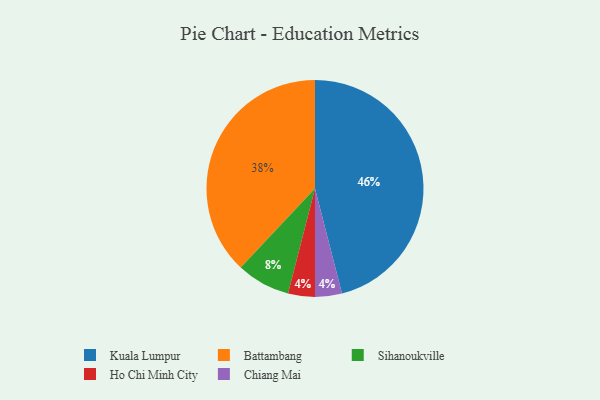
{"axis": {"x": "Category", "y": "Percentage"}, "legend": ["Battambang", "Chiang Mai", "Ho Chi Minh City", "Kuala Lumpur", "Sihanoukville"], "data": [{"x": "Sihanoukville", "y": 8, "type": "Sihanoukville"}, {"x": "Ho Chi Minh City", "y": 4, "type": "Ho Chi Minh City"}, {"x": "Chiang Mai", "y": 4, "type": "Chiang Mai"}, {"x": "Battambang", "y": 38, "type": "Battambang"}, {"x": "Kuala Lumpur", "y": 46, "type": "Kuala Lumpur"}]}